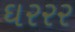
ઘરરર